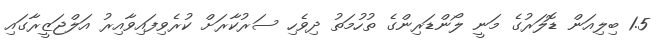
1.5 ބިލިއަން ޑޮލަރުގެ މަނީ ލޯންޑަރިންގެ ތުހުމަތު ދިވެހި ސަރުކާރަށް ކުރެވިފައިވާއިރު އަލްޖަޒީރާގައި